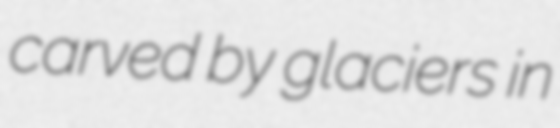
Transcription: carved by glaciers in